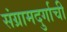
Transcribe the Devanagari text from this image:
संग्रामदुर्गाची